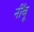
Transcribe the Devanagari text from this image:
नीँबू